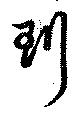
珩